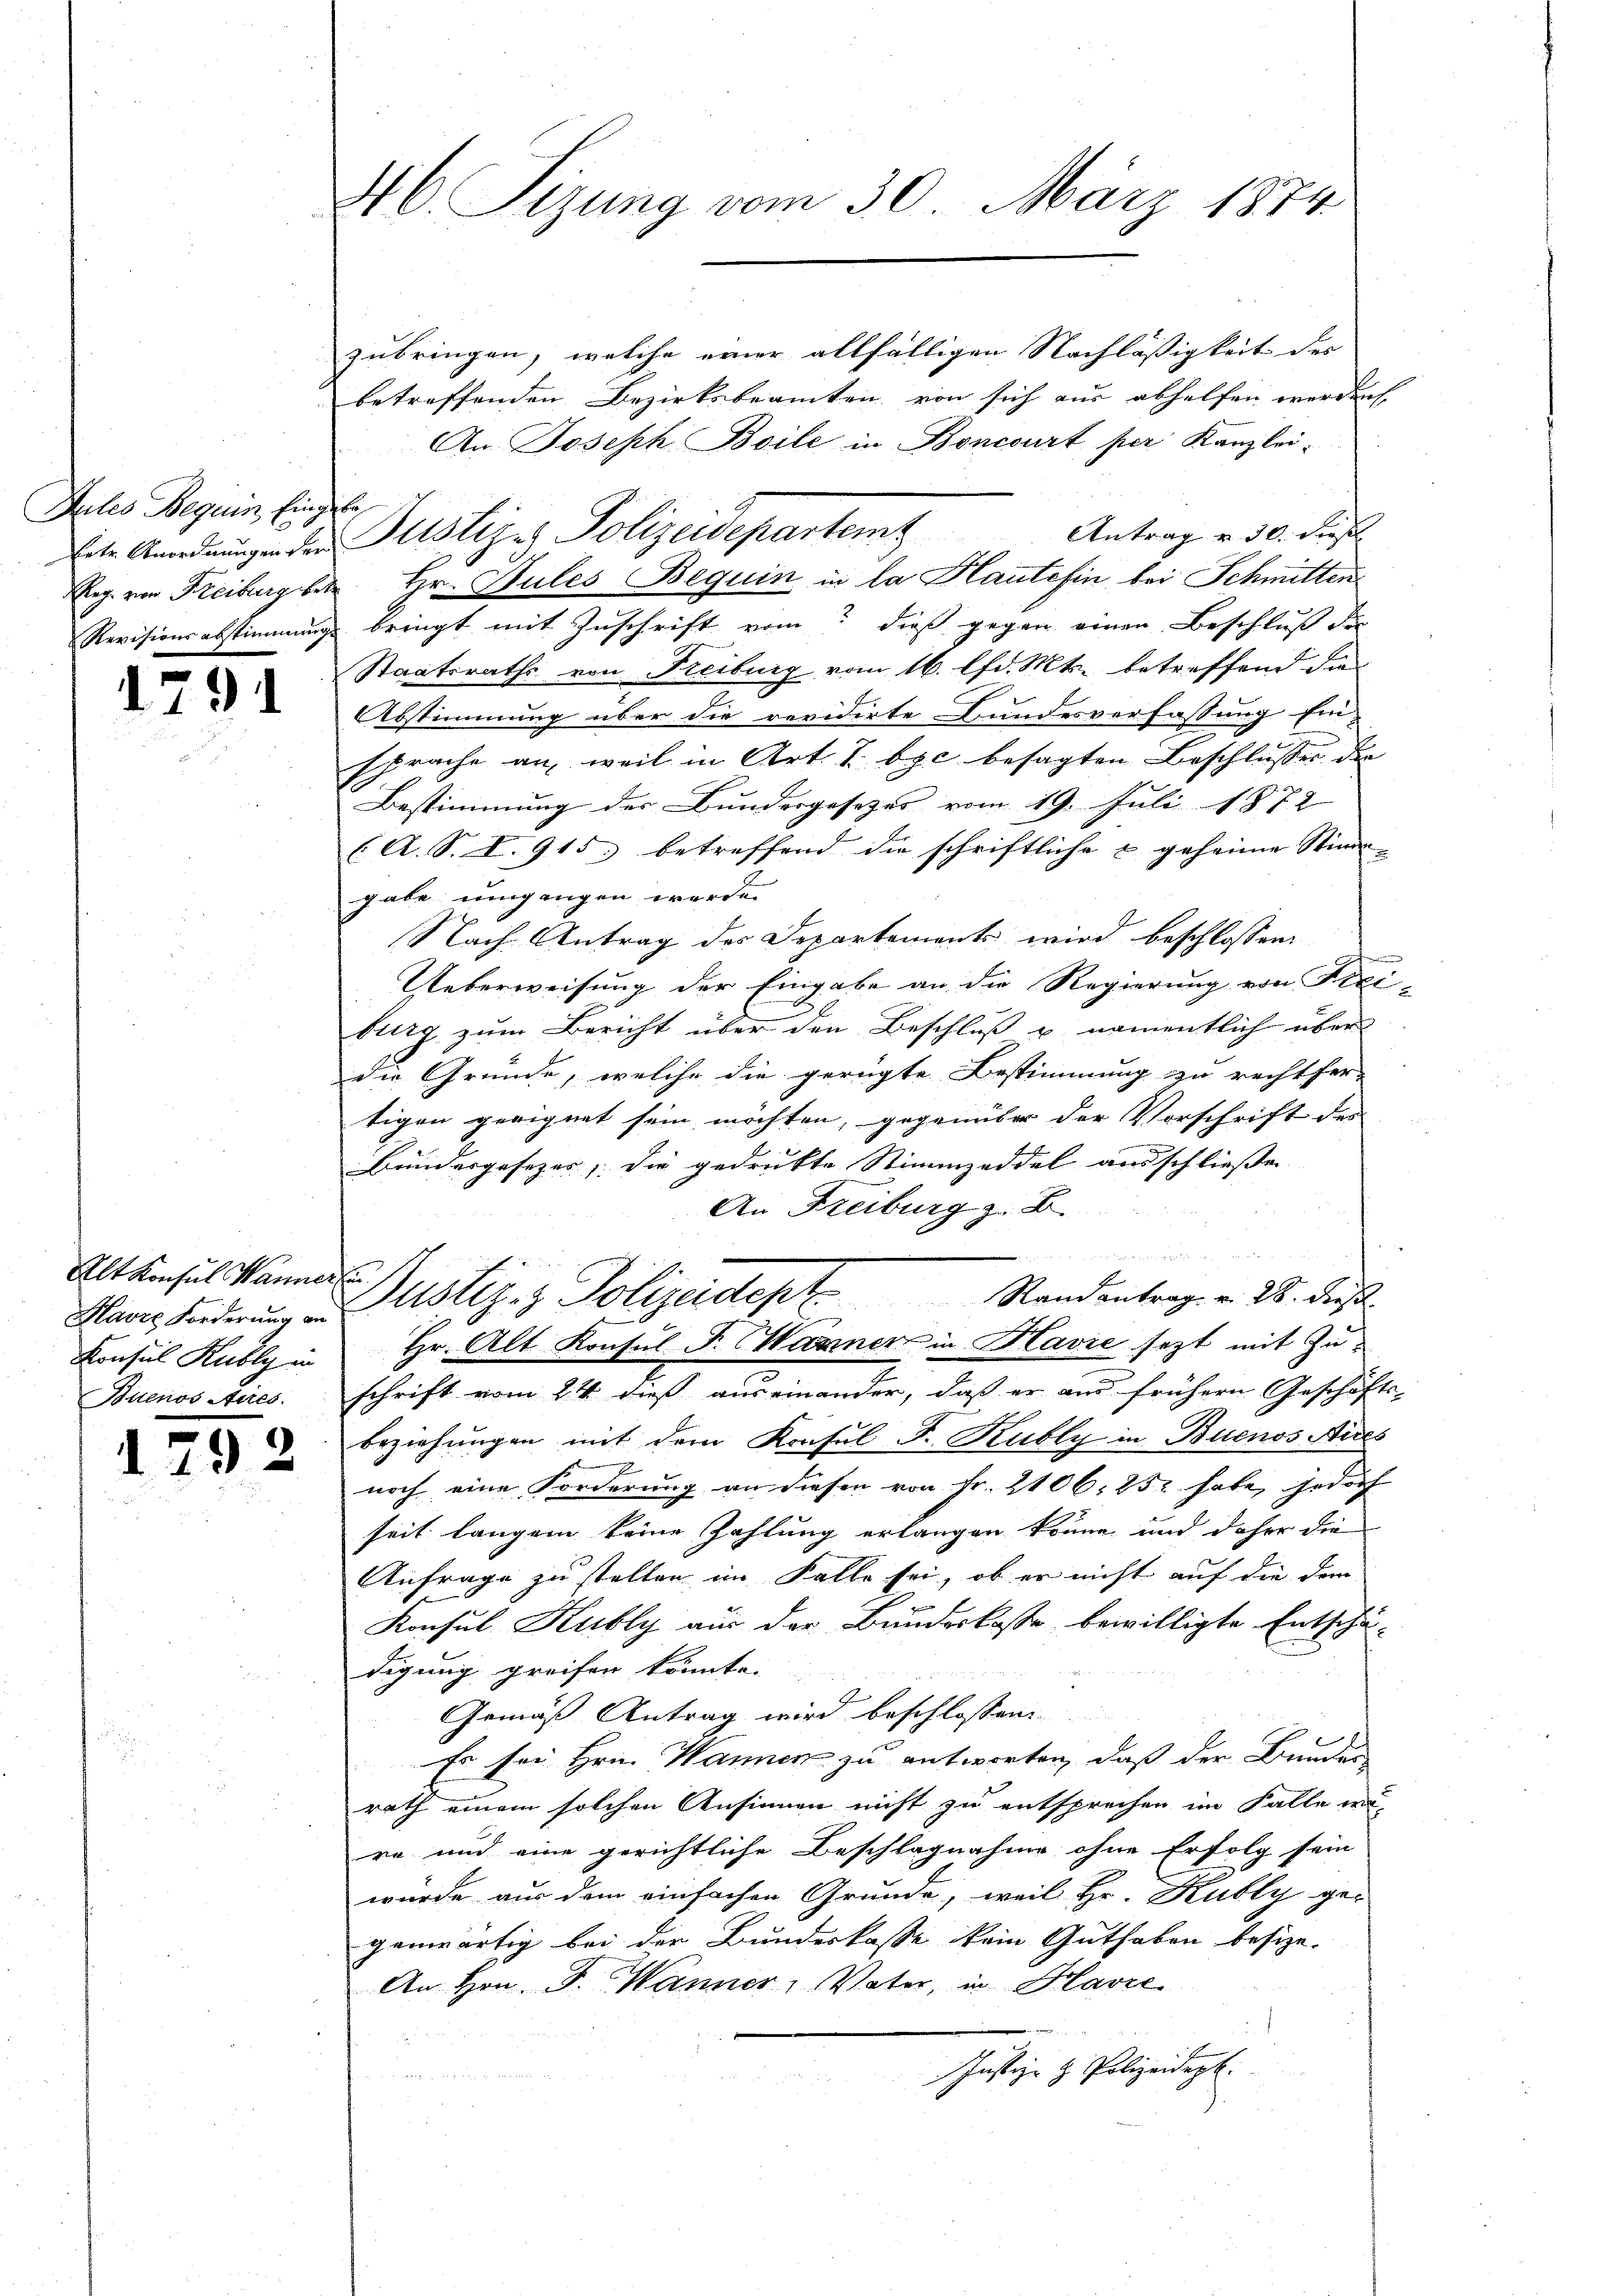
Jules Beguin, Eingabe

2

.

1

Alt Konsul Wannerte
Konsul Kubly in
Buenos Aires.

)

zubringen, welche einer allfälligen Nachläßigkeit des
betreffenden Bezirksbeamten von sich aus abhelfen werden,
An Joseph Boile in Boncourt per Kanzlei-
Antrag v. 30. dies
Eng von Freiburg bei Hr. Bules Beguin in la Haute fin bei Schmitten
Revisionsabstimmungs bringt mit Zuschrift vom dieß gegen einen Beschluß die
Staatsraths von Freiburg vom 16. lfd. Mts. betreffend die
Abstimmung über die revidirte Bundesverfassung Ein-
sprache an, weil in Art. 7. byc besagten Beschlusses der
Bestimmung des Bundergesezes vom 19. Juli 1872
( A. S. I. 915) betreffend die schriftliche & geheime Stimm- |
gabe umgangen werde.
Nach Antrag des Departements wird beschlossen
Ueberweisung der Eingabe an die Regierung von Frei
btirg zum Bericht über den Beschluß u. namentlich über
die Gründe, welche die gerügte Bestimmung zu rechtfer-
tigen geeignet sein möchten, gegenüber der Vorschrift des
Bundergesezer, die gedruckte Stimmzeddel ausschließen
An Freiburg z. B.
und
Haver Forderung der Justiz- & Polizeidept. Standantrage v. 28. ders.
Hr. Alt Konsul Fr. Warner in Havre sezt mit Zuschrift vom 24. dieß auseinander, daß er aus frühern Geschäft
beziehungen mit dem Konsul J. Rubly in Buenos Aires
noch eine Forderung an diesen von Fr. 2106. 252 habe, jedoch
seit langen keine Zahlung erlangen könne und daher die
Anfrage zu stellen im Falle sei, ob er nicht auf die dem
Konsul Kubly aus der Bundeskoste bewilligte Entschädigung greifen könnte.
Gemäß Antrag wird beschlossen:
Er sei Hrn. Wannen zu antworten, daß der Bunden
rath einem solchen Ansinnen nicht zu entsprechen im Falle wire und eine gerichtliche Beschlagnahme ohne Erfolg sein
würde aus dem einfachen Grunde, weil Hr. Kubly ge-
genwärtig bei der Bundeskasse kein Guthaben besize-
An Hrn. F. Wanner, Vater, in Havre
Justiz- & Polizeidept.

46 Sizung vom 30. März 1874.

hrte Anordnŭngen der Justiz- Polizeidepartemt